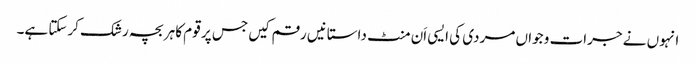
انہوں نے جرات و جواں مردی کی ایسی اَن منٹ داستانیں رقم کیں جس پر قوم کا ہر بچہ رشک کرسکتا ہے۔